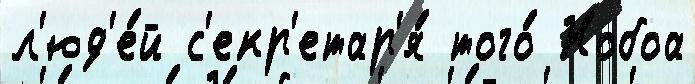
л'юд'е́й с'екр'етар'я́ того́ Нобоа